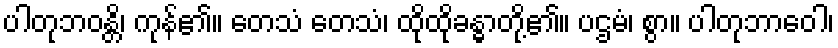
ပါတုဘဝန္တိ၊ ကုန်၏။ တေသံ တေသံ၊ ထိုထိုခန္ဓာတို့၏။ ပဌမံ၊ စွာ။ ပါတုဘာဝေါ၊